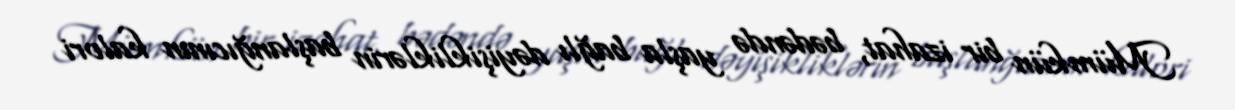
Mümkün bir izahat, bədəndə yaşla bağlı dəyişikliklərin başlanğıcının kalori